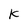
Character: K